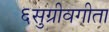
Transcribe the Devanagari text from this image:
६सुग्रीवगीता